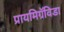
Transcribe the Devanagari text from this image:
प्रायमिग्रॅविडा